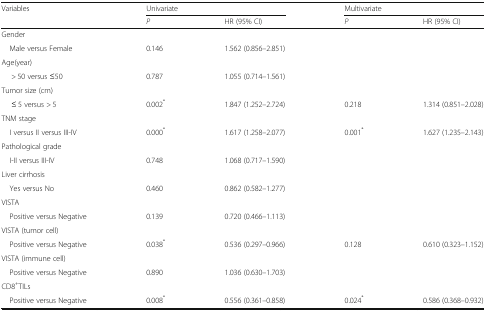
<table><thead><tr><td rowspan="2"><b>Variables</b></td><td colspan="2"><b>Univariate</b></td><td colspan="2"><b>Multivariate</b></td></tr><tr><td><b><i>P</i></b></td><td><b>HR (95% CI)</b></td><td><b><i>P</i></b></td><td><b>HR (95% CI)</b></td></tr></thead><tbody><tr><td colspan="5">Gender</td></tr><tr><td> Male versus Female</td><td>0.146</td><td>1.562 (0.856–2.851)</td><td></td><td></td></tr><tr><td colspan="5">Age(year)</td></tr><tr><td>&gt; 50 versus ≤50</td><td>0.787</td><td>1.055 (0.714–1.561)</td><td></td><td></td></tr><tr><td colspan="5">Tumor size (cm)</td></tr><tr><td>≤ 5 versus &gt; 5</td><td>0.002<sup>*</sup></td><td>1.847 (1.252–2.724)</td><td>0.218</td><td>1.314 (0.851–2.028)</td></tr><tr><td colspan="5">TNM stage</td></tr><tr><td> I versus II versus III-IV</td><td>0.000<sup>*</sup></td><td>1.617 (1.258–2.077)</td><td>0.001<sup>*</sup></td><td>1.627 (1.235–2.143)</td></tr><tr><td colspan="5">Pathological grade</td></tr><tr><td> I-II versus III-IV</td><td>0.748</td><td>1.068 (0.717–1.590)</td><td></td><td></td></tr><tr><td colspan="5">Liver cirrhosis</td></tr><tr><td> Yes versus No</td><td>0.460</td><td>0.862 (0.582–1.277)</td><td></td><td></td></tr><tr><td colspan="5">VISTA</td></tr><tr><td> Positive versus Negative</td><td>0.139</td><td>0.720 (0.466–1.113)</td><td></td><td></td></tr><tr><td colspan="5">VISTA (tumor cell)</td></tr><tr><td> Positive versus Negative</td><td>0.038<sup>*</sup></td><td>0.536 (0.297–0.966)</td><td>0.128</td><td>0.610 (0.323–1.152)</td></tr><tr><td colspan="5">VISTA (immune cell)</td></tr><tr><td> Positive versus Negative</td><td>0.890</td><td>1.036 (0.630–1.703)</td><td></td><td></td></tr><tr><td colspan="5">CD8<sup>+</sup>TILs</td></tr><tr><td> Positive versus Negative</td><td>0.008<sup>*</sup></td><td>0.556 (0.361–0.858)</td><td>0.024<sup>*</sup></td><td>0.586 (0.368–0.932)</td></tr></tbody></table>